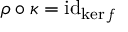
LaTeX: \rho \circ \kappa = \operatorname { i d } _ { \ker f }